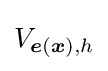
V_{{\boldsymbol {e}}({\boldsymbol {x}}),h}